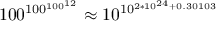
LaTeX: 1 0 0 ^ { 1 0 0 ^ { 1 0 0 ^ { 1 2 } } } \approx 1 0 ^ { 1 0 ^ { 2 * 1 0 ^ { 2 4 } + 0 . 3 0 1 0 3 } }